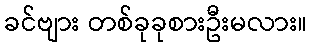
ခင်ဗျား တစ်ခုခုစားဦးမလား။